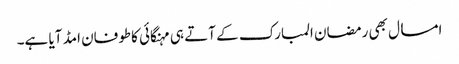
امسال بھی رمضان المبارک کے آتے ہی مہنگائی کاطوفان امڈ آیا ہے۔